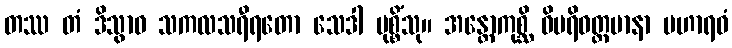
တဿ တံ ဒိသွာဝ သကလသရီရတော သေဒါ မုစ္စိံသု။ အန္တောကုစ္ဆိ ဝိပရိဝတ္တမာနာ မဟာရဝံ